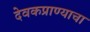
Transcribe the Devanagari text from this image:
देवकप्राण्याचा